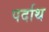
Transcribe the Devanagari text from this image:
पर्दाथ